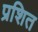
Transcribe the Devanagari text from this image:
प्रशित